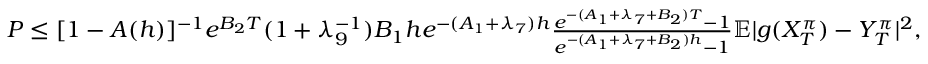
\begin{array} { r } { \begin{array} { r } { P \leq [ 1 - A ( h ) ] ^ { - 1 } e ^ { B _ { 2 } T } ( 1 + \lambda _ { 9 } ^ { - 1 } ) B _ { 1 } h e ^ { - ( A _ { 1 } + \lambda _ { 7 } ) h } \frac { e ^ { - ( A _ { 1 } + \lambda _ { 7 } + B _ { 2 } ) T } - 1 } { e ^ { - ( A _ { 1 } + \lambda _ { 7 } + B _ { 2 } ) h } - 1 } \mathbb { E } | g ( X _ { T } ^ { \pi } ) - Y _ { T } ^ { \pi } | ^ { 2 } , } \end{array} } \end{array}